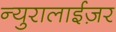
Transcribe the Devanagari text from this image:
न्युरालाईज़र